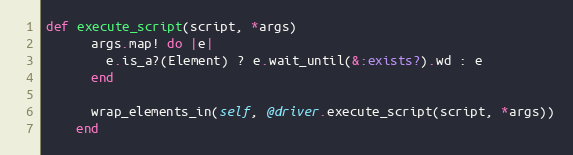
Language: Ruby
def execute_script(script, *args)
      args.map! do |e|
        e.is_a?(Element) ? e.wait_until(&:exists?).wd : e
      end

      wrap_elements_in(self, @driver.execute_script(script, *args))
    end